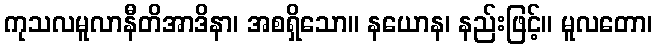
ကုသလမူလာနီတိအာဒိနာ၊ အစရှိသော။ နယောန၊ နည်းဖြင့်။ မူလတော၊